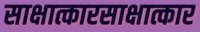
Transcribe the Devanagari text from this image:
साक्षात्कारसाक्षात्कार